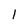
Character: l